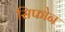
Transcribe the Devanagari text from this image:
सिफोन